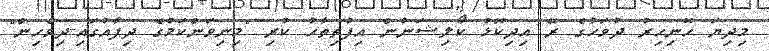
މިދިޔަ ހޮނިހިރު ދުވަހުގެ ރޭ އިދިކޮޅު ކޯލިޝަނުން އިފުތިތާހު ކުރި "މިނިވަންކަމުގެ ދިފާއުގައި-ދިވެހިން"